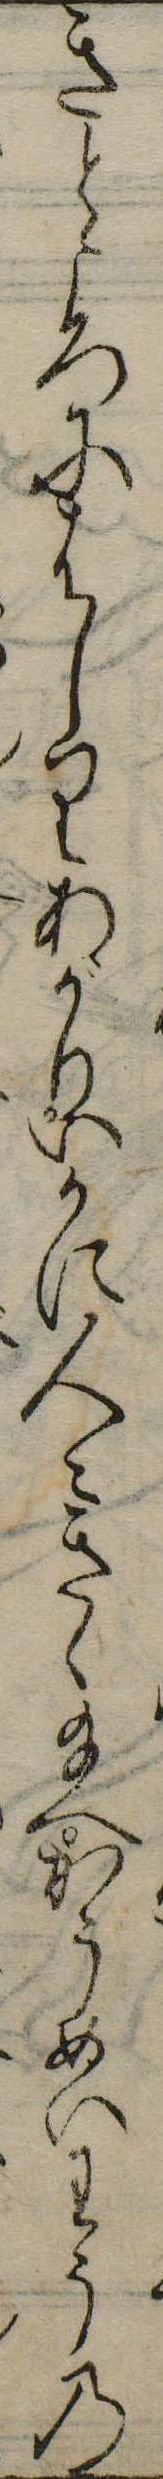
きところにはしりあがりいかに人々きゝ給へかうめいわうの